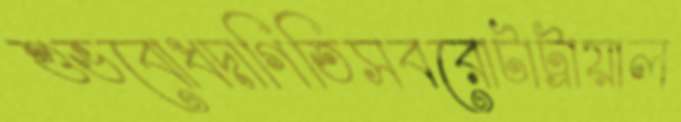
শুভবোধদাগিতিসবরোটাট্রায়াল